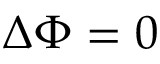
\Delta \Phi = 0